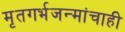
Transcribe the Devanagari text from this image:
मृतगर्भजन्मांचाही